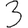
Digit: 3